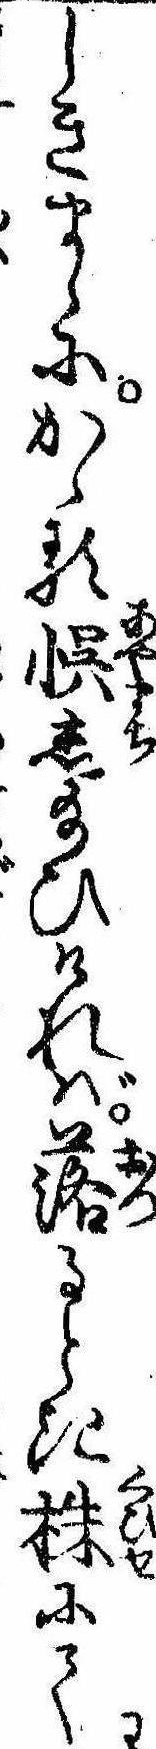
しきまゝにかゝるし給ひければ落るとき株にて